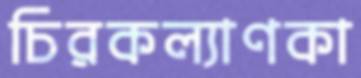
চিরকল্যাণকা